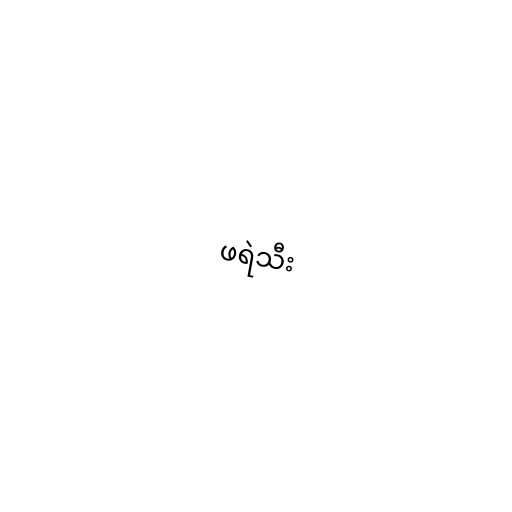
ဖရဲသီး